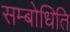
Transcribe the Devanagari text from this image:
सम्बोधिति